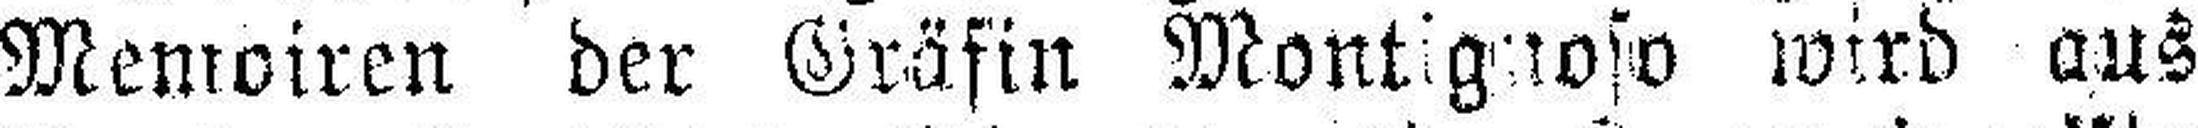
Memoiren der Gräfin Montignoso wird aus